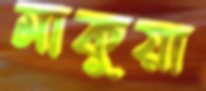
মাকুয়া